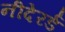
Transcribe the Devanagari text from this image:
नीदेरर्ड